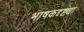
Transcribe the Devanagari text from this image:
भाषकदृष्ट्या